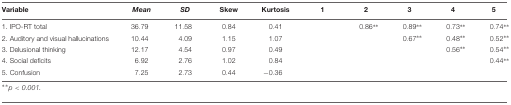
| Variable | Mean | SD | Skew | Kurtosis | 1 | 2 | 3 | 4 | 5 |
 | --- | --- | --- | --- | --- | --- | --- | --- | --- | --- |
 | 1. IPO-RT total | 36.79 | 11.58 | 0.84 | 0.41 |  | 0.86∗∗ | 0.89∗∗ | 0.73∗∗ | 0.74∗∗ |
 | 2. Auditory and visual hallucinations | 10.44 | 4.09 | 1.15 | 1.07 |  |  | 0.67∗∗ | 0.48∗∗ | 0.52∗∗ |
 | 3. Delusional thinking | 12.17 | 4.54 | 0.97 | 0.49 |  |  |  | 0.56∗∗ | 0.54∗∗ |
 | 4. Social deficits | 6.92 | 2.76 | 1.02 | 0.84 |  |  |  |  | 0.44∗∗ |
 | 5. Confusion | 7.25 | 2.73 | 0.44 | −0.36 |  |  |  |  |  |